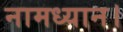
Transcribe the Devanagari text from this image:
नामध्यान।